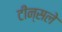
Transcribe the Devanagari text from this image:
टीन्सले